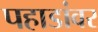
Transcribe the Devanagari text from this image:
पहाडांवर